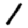
Digit: 1